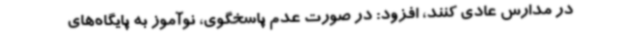
در مدارس عادی کنند، افزود: در صورت عدم پاسخگوی، نوآموز به پایگاه‌های